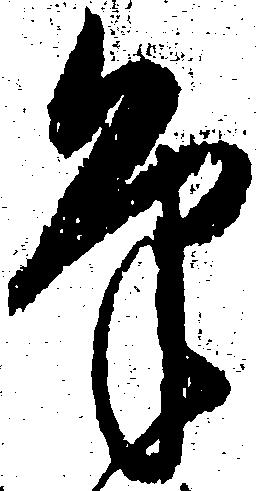
筆